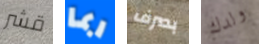
قشر ربما بصرف ولدك